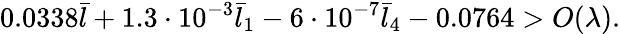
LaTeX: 0.0338\bar{l}+1.3\cdot 10^{-3}\bar{l}_{1}-6\cdot 10^{-7}\bar{l}_{4}-0.0764>O(\lambda).